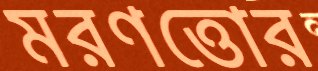
মরণত্তোর